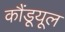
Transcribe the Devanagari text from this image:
कौंडूयूल